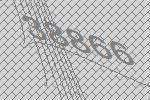
38866